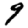
Digit: 9